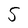
Character: S